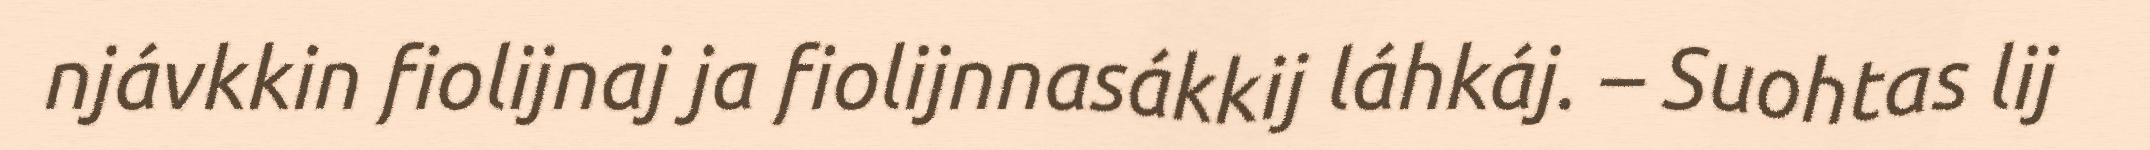
njávkkin fiolijnaj ja fiolijnnasákkij láhkáj. – Suohtas lij